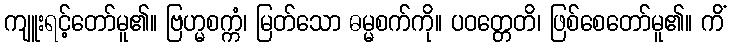
ကျူးရင့်တော်မူ၏။ ဗြဟ္မစက္ကံ၊ မြတ်သော ဓမ္မစက်ကို။ ပဝတ္တေတိ၊ ဖြစ်စေတော်မူ၏။ ကိံ